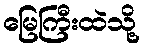
မြေကြီးထဲသို့